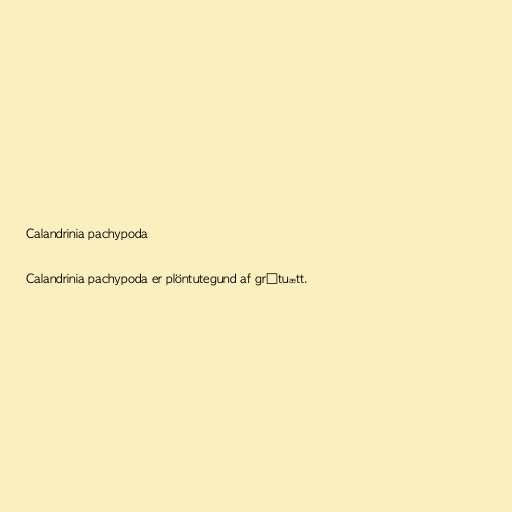
Calandrinia pachypoda

Calandrinia pachypoda er plöntutegund af grýtuætt.